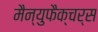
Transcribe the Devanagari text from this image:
मैन्युफैक्चर्स